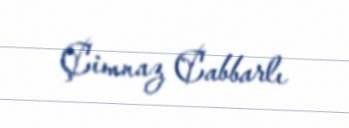
Çimnaz Cabbarlı